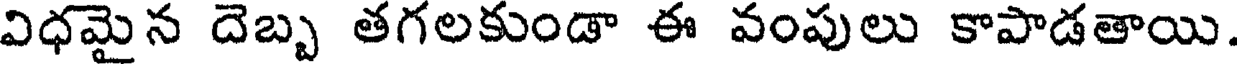
విధమైన దెబ్బ తగలకుండా ఈ వంపులు కాపాడతాయి.